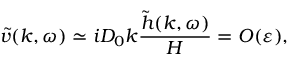
\tilde { v } ( k , \omega ) \simeq i D _ { 0 } k \frac { \tilde { h } ( k , \omega ) } { H } = O ( \varepsilon ) ,